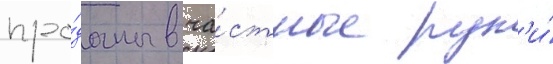
про́даны в ча́стные рук'и́